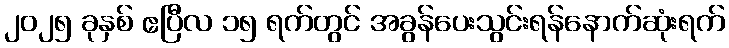
၂၀၂၅ ခုနှစ် ဧပြီလ ၁၅ ရက်တွင် အခွန်ပေးသွင်းရန်နောက်ဆုံးရက်